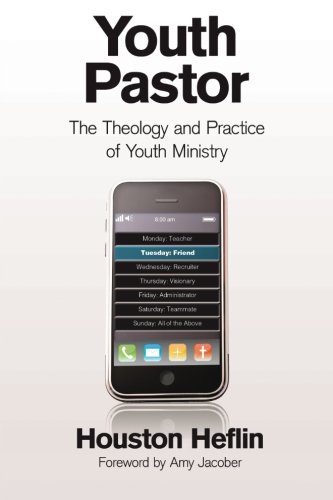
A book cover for Youth Pastor: The Theology and Practice of Youth Ministry; Houston Heflin; Christian Books & Bibles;